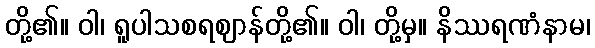
တို့၏။ ဝါ၊ ရူပါသစရဈာန်တို့၏။ ဝါ၊ တို့မှ။ နိဿရဏံနာမ၊